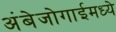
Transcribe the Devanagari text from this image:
अंबेजोगाईमध्ये